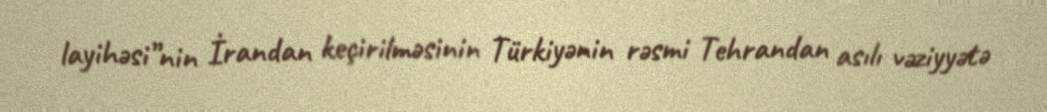
layihəsi”nin İrandan keçirilməsinin Türkiyənin rəsmi Tehrandan asılı vəziyyətə